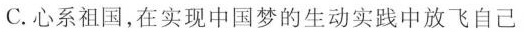
C.心系祖国，在实现中国梦的生动实践中放飞自己